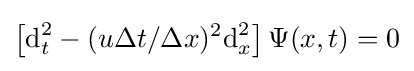
\left[{\text{d}}_{t}^{2}-(u\Delta t/\Delta x)^{2}{\text{d}}_{x}^{2}\right]\Psi (x,t)=0